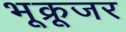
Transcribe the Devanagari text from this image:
भूक्रूजर